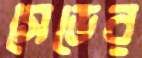
সেডের